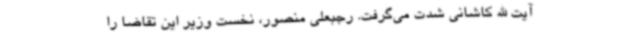
آیت الله کاشانی شدت می‌گرفت. رجبعلی منصور، نخست وزیر این تقاضا را